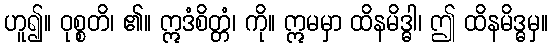
ဟူ၍။ ဝုစ္စတိ၊ ၏။ ဣဒံစိတ္တံ၊ ကို။ ဣမမှာ ထိနမိဒ္ဓါ၊ ဤ ထိနမိဒ္ဓမှ။